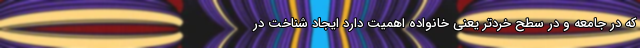
که در جامعه و در سطح خردتر یعنی خانواده اهمیت دارد ایجاد شناخت در